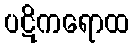
ပဋိကရောထ